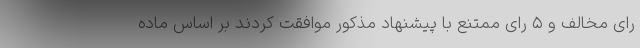
رای مخالف و ۵ رای ممتنع با پیشنهاد مذکور موافقت کردند بر اساس ماده